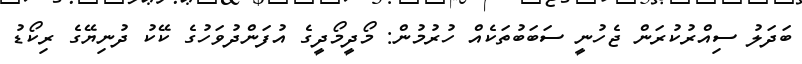
ބަދަލު ސިއްރުކުރަން ޖެހުނީ ސަބަބުތަކެއް ހުރުމުން: މޯދީމޯދީގެ އުފަންދުވަހުގެ ކޭކު ދުނިޔޭގެ ރިކޯޑު